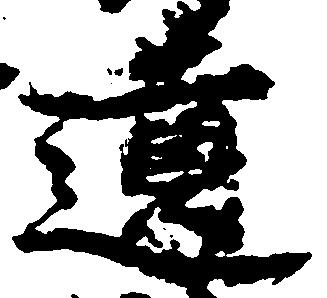
遺